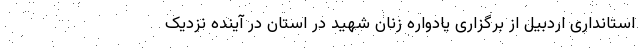
استانداری اردبیل از برگزاری یادواره زنان شهید در استان در آینده نزدیک